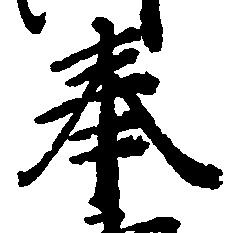
奉